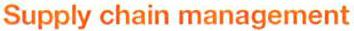
Supply chain management